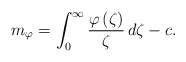
\begin{align*}m_{\varphi}=\int_0^{\infty}\frac{\varphi\left(\zeta\right)}{\zeta}\, d\zeta-c. \end{align*}